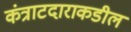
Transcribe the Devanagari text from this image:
कंत्राटदाराकडील